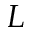
L